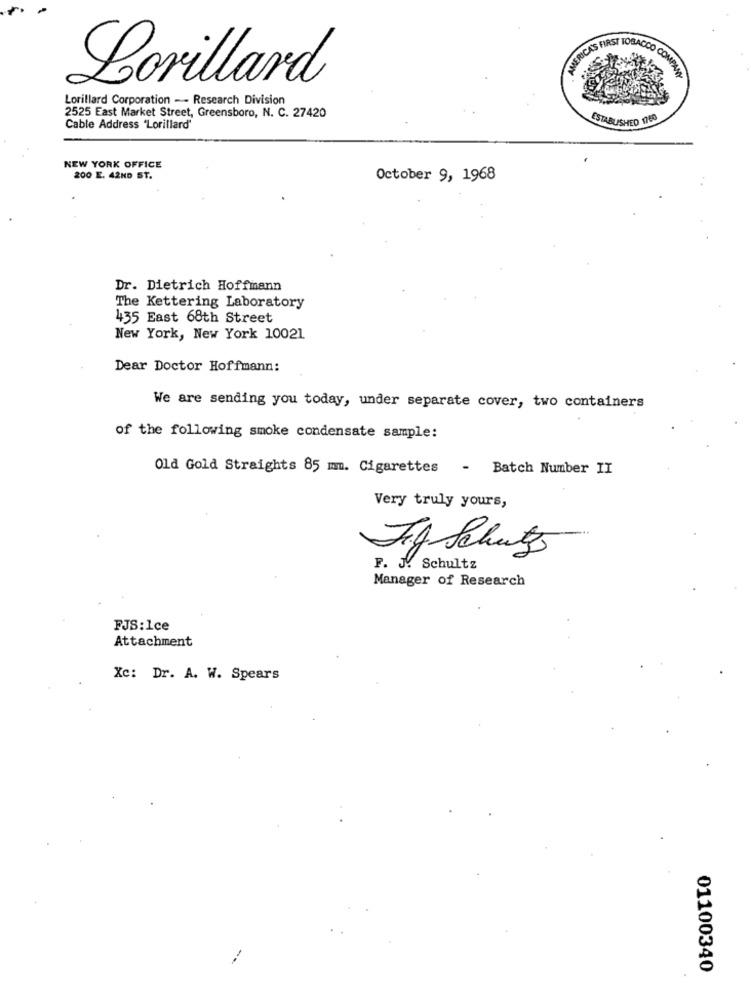
MÉRICAS FIRST TOBACCO COMPARE
Lorillard
Lorillard Corporation -- Research Division
2525 East Market Street, Greensboro, N. C. 27420
ESTABLISHED 1760
Cable Address 'Lorillard'
NEW YORK OFFICE
200 E. 42ND ST.
October 9, 1968
Dr. Dietrich Hoffmann
The Kettering Laboratory
435 East 68th Street
New York, New York 10021
Dear Doctor Hoffmann:
We are sending you today, under separate cover, two containers
of the following smoke condensate sample:
Old Gold Straights 85 mm. Cigarettes - Batch Number II
Very truly yours,
Fg Schutz
F. J. Schultz
Manager of Research
FJS:1ce
Attachment
Xc: Dr. A. W. Spears
01100340